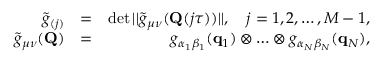
\begin{array} { r l r } { \tilde { g } _ { ( j ) } } & { = } & { \operatorname* { d e t } | | \tilde { g } _ { \mu \nu } ( \mathbf { Q } ( j \tau ) ) | | , ~ ~ ~ j = 1 , 2 , \ldots , M - 1 , } \\ { \tilde { g } _ { \mu \nu } ( \mathbf { Q } ) } & { = } & { g _ { \alpha _ { 1 } \beta _ { 1 } } ( \mathbf { q } _ { 1 } ) \otimes \ldots \otimes g _ { \alpha _ { N } \beta _ { N } } ( \mathbf { q } _ { N } ) , } \end{array}